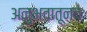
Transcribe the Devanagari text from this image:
अनुभवातूनच